Indian journal of veterinary science and animal husbandry - Volume 8,
Year: 1938
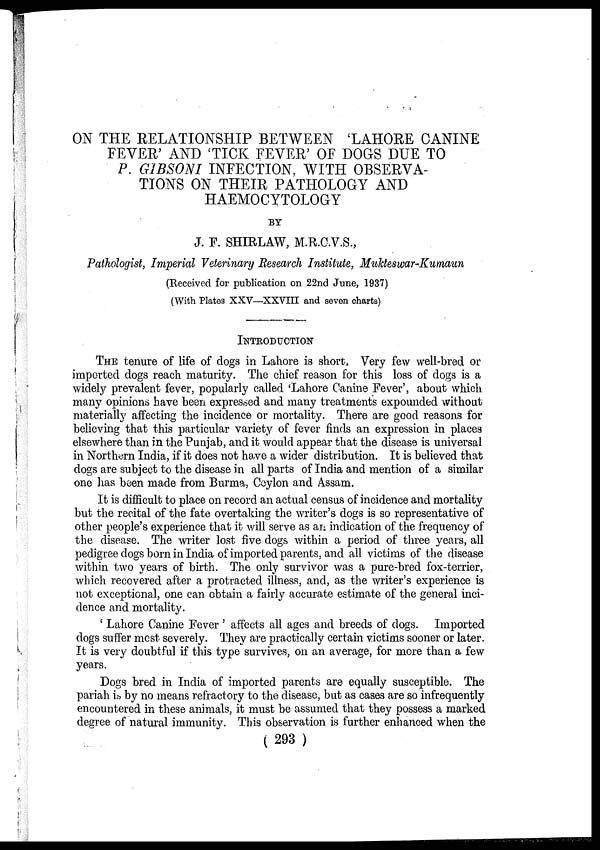
ON THE RELATIONSHIP BETWEEN 'LAHORE CANINE
FEVER' AND 'TICK FEVER' OF DOGS DUE TO
P. GIBSONI INFECTION, WITH OBSERVA-
TIONS ON THEIR PATHOLOGY AND
HAEMOCYTOLOGY
BY
J. F. SHIRLAW, M.R.C.V.S.,
Pathologist, Imperial Veterinary Research Institute, Mukteswar-Kumaun
(Received for publication on 22nd June, 1937)
(With Plates XXV—XXVIII and seven charts)
INTRODUCTION
THE tenure of life of dogs in Lahore is short. Very few well-bred or
imported dogs reach maturity. The chief reason for this loss of dogs is a
widely prevalent fever, popularly called 'Lahore Canine Fever', about which
many opinions have been expressed and many treatments expounded without
materially affecting the incidence or mortality. There are good reasons for
believing that this particular variety of fever finds an expression in places
elsewhere than in the Punjab, and it would appear that the disease is universal
in Northern India, if it does not have a wider distribution. It is believed that
dogs are subject to the disease in all parts of India and mention of a similar
one has been made from Burma, Ceylon and Assam.
It is difficult to place on record an actual census of incidence and mortality
but the recital of the fate overtaking the writer's dogs is so representative of
other people's experience that it will serve as an indication of the frequency of
the disease. The writer lost five dogs within a period of three years, all
pedigree dogs born in India of imported parents, and all victims of the disease
within two years of birth. The only survivor was a pure-bred fox-terrier,
which recovered after a protracted illness, and, as the writer's experience is
not exceptional, one can obtain a fairly accurate estimate of the general inci-
dence and mortality.
' Lahore Canine Fever' affects all ages and breeds of dogs. Imported
dogs suffer most severely. They are practically certain victims sooner or later.
It is very doubtful if this type survives, on an average, for more than a few
years.
Dogs bred in India of imported parents are equally susceptible. The
pariah is by no means refractory to the disease, but as cases are so infrequently
encountered in these animals, it must be assumed that they possess a marked
degree of natural immunity. This observation is further enhanced when the
( 293 )